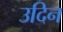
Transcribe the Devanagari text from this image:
उदिन